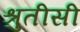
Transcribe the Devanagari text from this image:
श्रुतीसी